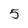
Character: 5